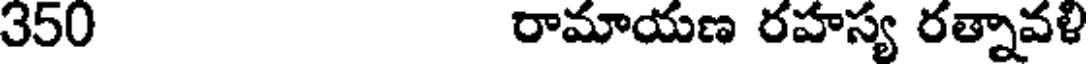
350 రామాయణ రహస్య రత్నావళి